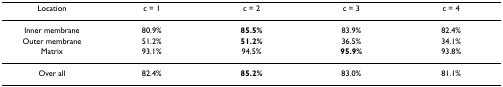
<table><thead><tr><td><b>Location</b></td><td><b>c = 1</b></td><td><b>c = 2</b></td><td><b>c = 3</b></td><td><b>c = 4</b></td></tr></thead><tbody><tr><td>Inner membrane</td><td>80.9%</td><td><b>85.5%</b></td><td>83.9%</td><td>82.4%</td></tr><tr><td>Outer membrane</td><td>51.2%</td><td><b>51.2%</b></td><td>36.5%</td><td>34.1%</td></tr><tr><td>Matrix</td><td>93.1%</td><td>94.5%</td><td><b>95.9%</b></td><td>93.8%</td></tr><tr><td>Over all</td><td>82.4%</td><td><b>85.2%</b></td><td>83.0%</td><td>81.1%</td></tr></tbody></table>